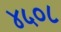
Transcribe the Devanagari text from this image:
४५०८